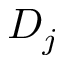
D _ { j }